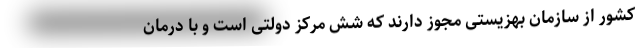
کشور از سازمان بهزیستی مجوز دارند که شش مرکز دولتی است و با درمان